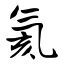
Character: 氦